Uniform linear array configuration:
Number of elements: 48
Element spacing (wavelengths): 0.75
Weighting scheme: hamming
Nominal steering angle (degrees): -30
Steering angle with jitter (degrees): -30.68
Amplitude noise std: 0.05
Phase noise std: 0.05

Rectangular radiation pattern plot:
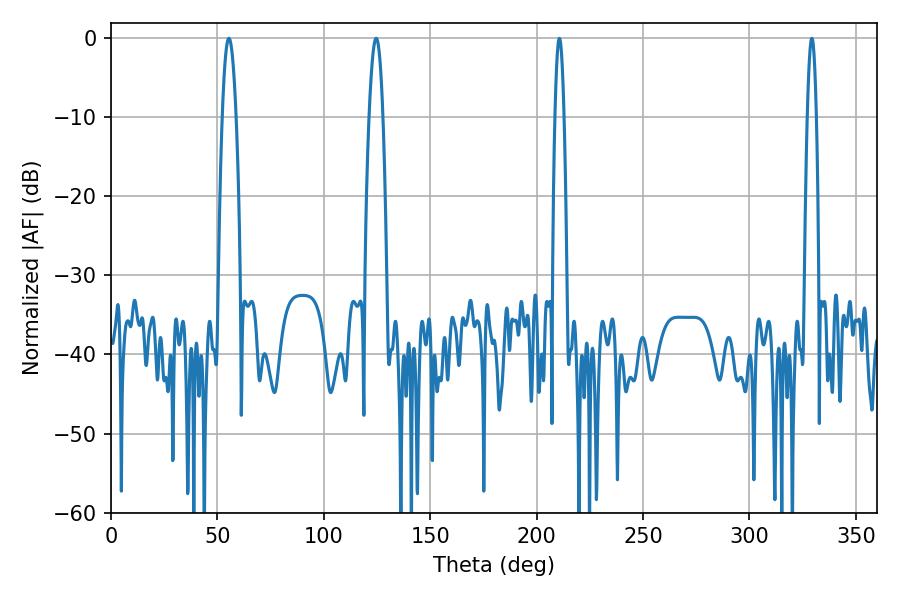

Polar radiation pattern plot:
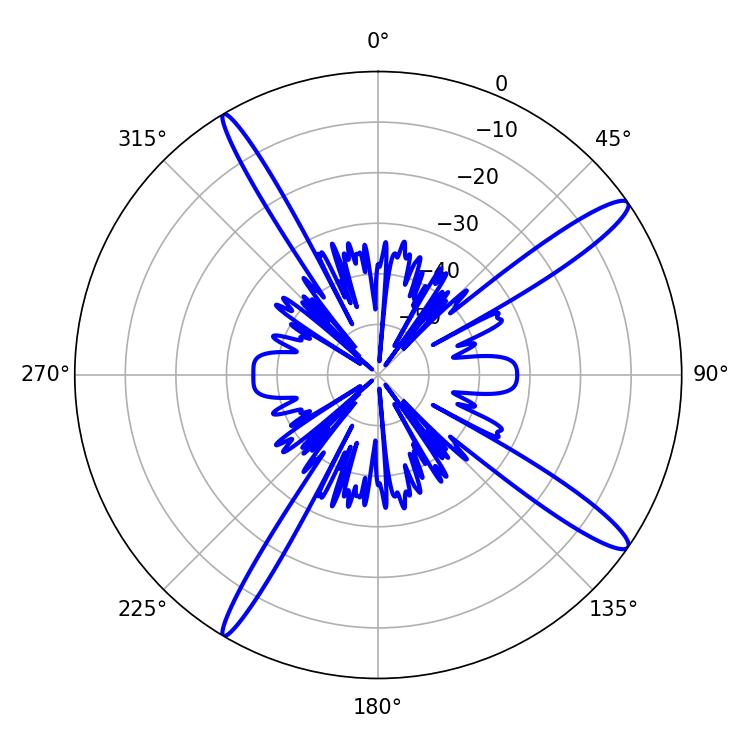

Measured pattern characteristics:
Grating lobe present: TRUE
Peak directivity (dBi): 14.804
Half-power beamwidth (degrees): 3.6
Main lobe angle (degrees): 55.44